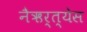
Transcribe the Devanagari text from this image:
नैऋर्त्येस